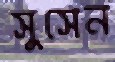
সুসেন